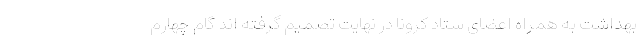
بهداشت به همراه اعضای ستاد کرونا در نهایت تصمیم گرفته اند گام چهارم